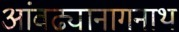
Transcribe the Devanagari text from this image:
आंवढ्यानागनाथ